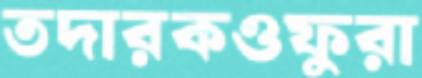
তদারকওফুরা